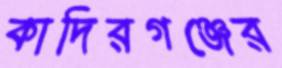
কাদিরগঞ্জের